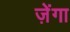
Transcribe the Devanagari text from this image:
ज़ेंगा